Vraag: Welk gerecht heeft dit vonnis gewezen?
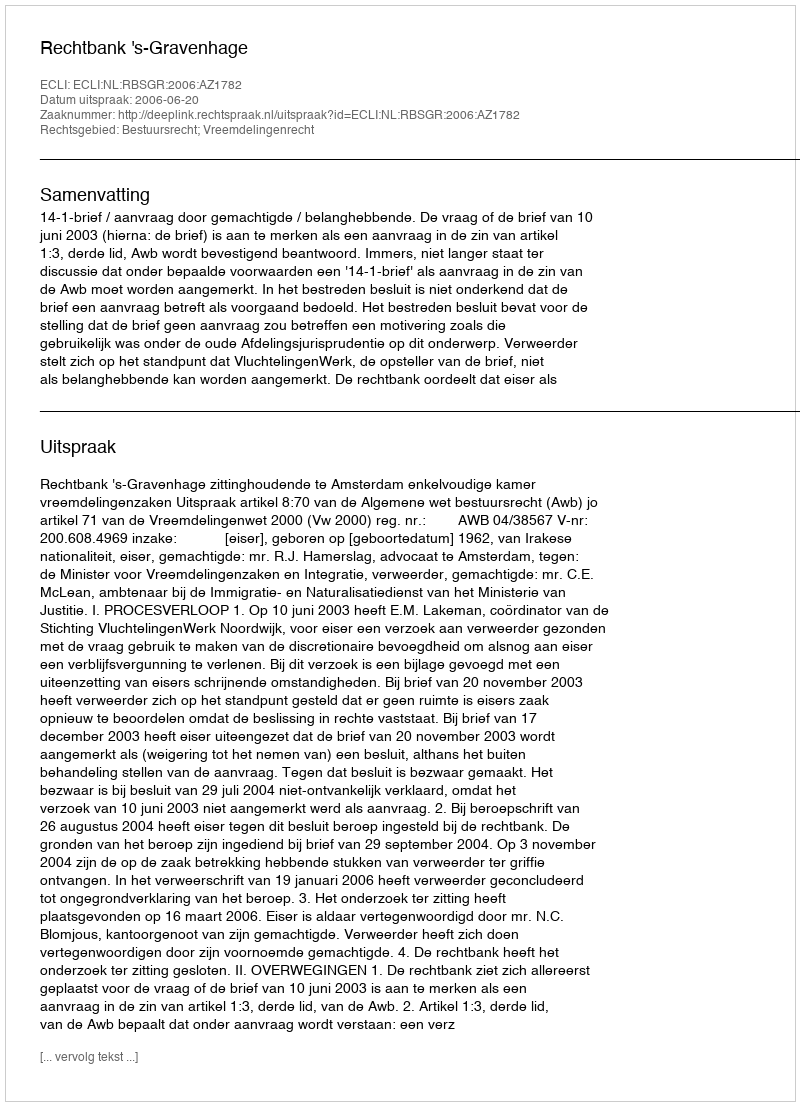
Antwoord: Rechtbank 's-Gravenhage